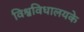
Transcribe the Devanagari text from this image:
विश्वविधालयके